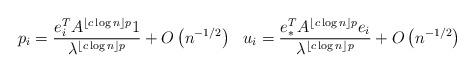
LaTeX: \begin{align*}p_i = \frac{e_i^T A^{\lfloor c \log n \rfloor p} 1}{\lambda^{\lfloor c \log n \rfloor p}} + O\left( n^{-1/2}\right) \ \ u_i = \frac{e_\ast^T A^{\lfloor c \log n \rfloor p}e_i}{\lambda^{\lfloor c \log n \rfloor p}} + O\left(n^{-1/2}\right)\end{align*}